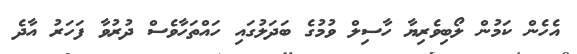
އެހެން ކަމުން ލޯބިވެރިޔާ ހާސިލް ވުމުގެ ބަދަލުގައި ހައްތަހާވެސް ދުރުވާ ފަހަރު އާދެ